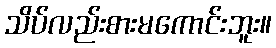
သိပ်လည်းစားမကောင်းဘူး။